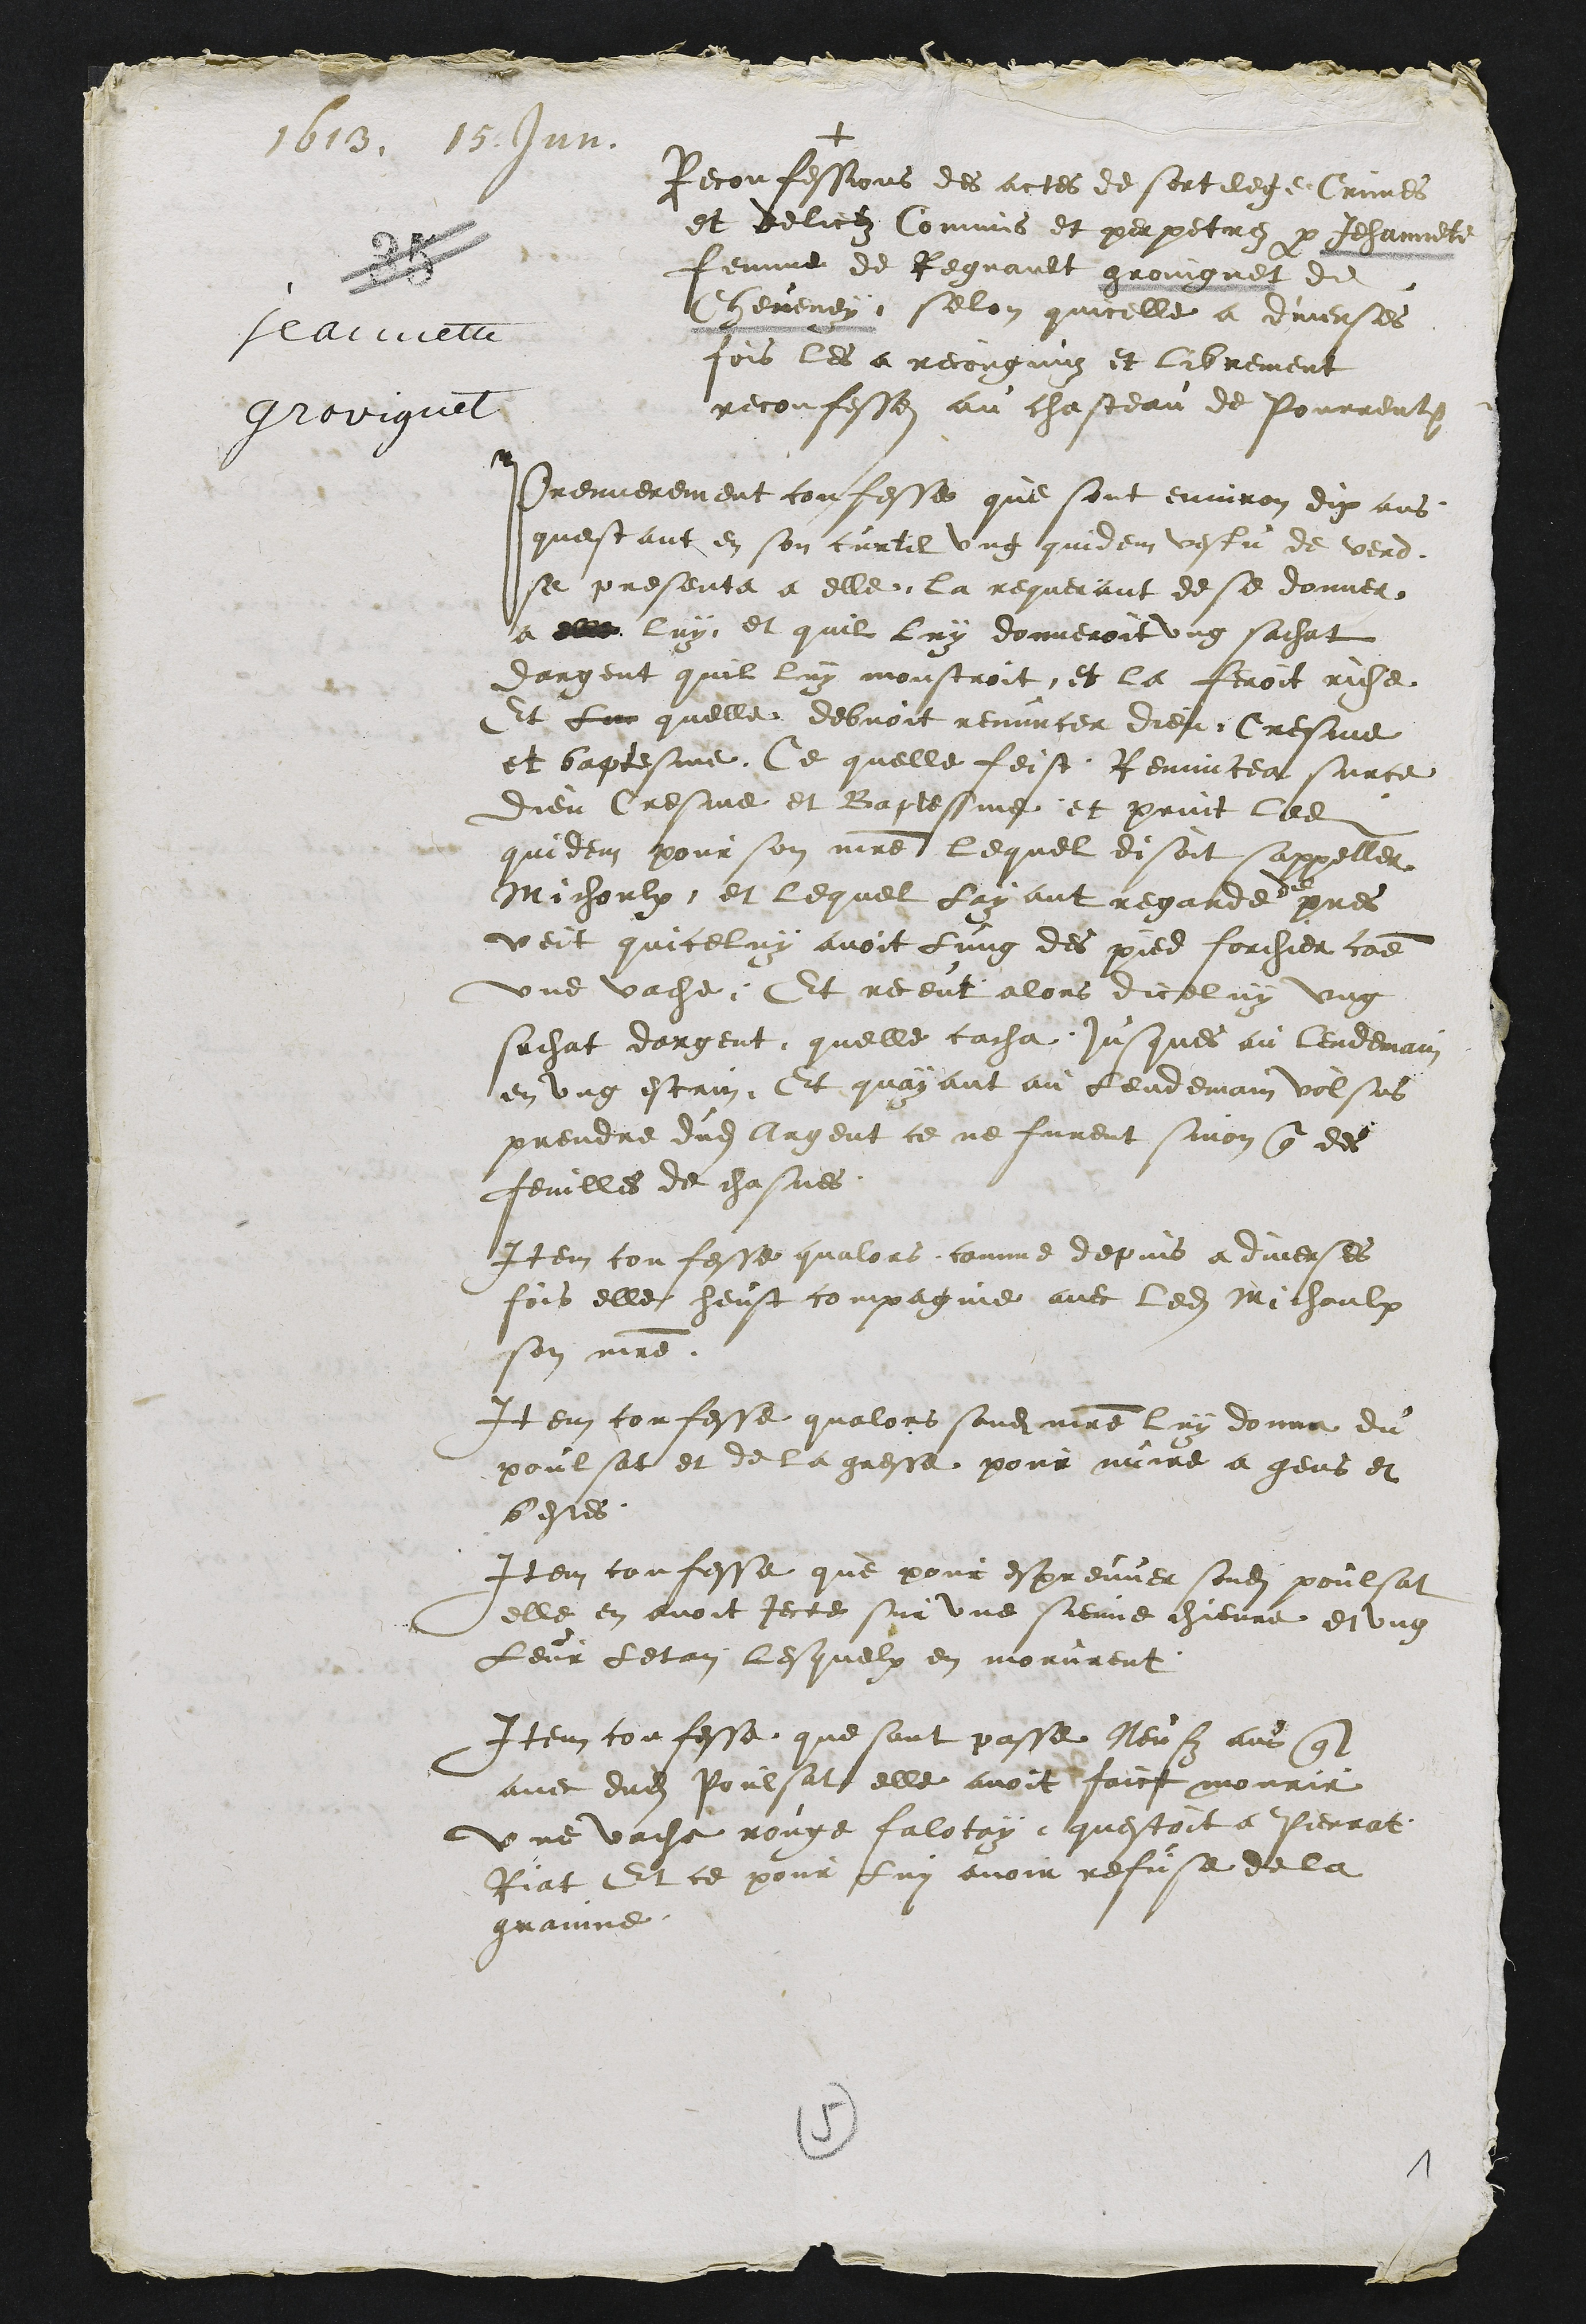
1613. 15. Jun.
Jeannette
Groviguet
+
Reconfessions des actes de sortilege Crimes
et delictz Commis et perpetrez par Jehannet
femme de Regnault groingnet de
heveney selon quicelle a diverses
fois les a recongnuz et librement
reconfesses au chasteau de Pourrent
Premierement confesses que sont environ dix ans
questant en son curtil ung quidem vestu de verd
sa presenta a elle la requerant de se donner
a elle luy et quil luy donneroit ung sachat
dargent quil luy monstroit et la feroit aiche
Et luy quelle debvoit renuncer dieu Cresme
et baptesme Ce quelle feist Renuncea surce
dieu Cresme et Baptesme et print lade
quidem pour son maitre lequel disoit sappeller
Michaulx et lequel Layant regarde pres
veit quiceluy avoit lung des pied forchier comme
une vache Et receut alors diceluy ung
sachat dargent quelle cacha jusques au lendemain
en ung estain Et quayant au lendemain volsus
prendre dudit argent ce ne furent sinon que des
feuilles de chasnes
Item confesse qualors comme depuis a diverses
fois elle heust compagnie avec ledit machaulx
son maitre
Item confesse qualors sondit maitre luy donna du
poulsat et de la gresse pour nuire a gens et
bestes
Item confesse que pour espreuver sondit poulsat
elle en avoit jecte sur une sienne chievre et ung
Leur detan lesquelx en morurent
Item confesse que sont passe leust ans que
avec dudit Poulsat elle avoit faict mourir
une vache rouge falotay questoit a Pierrat
Riat Et ce pour lui avoir refuse de la
grainne